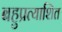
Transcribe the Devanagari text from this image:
बहुप्रत्याशित